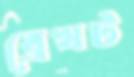
ব্রেখট